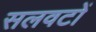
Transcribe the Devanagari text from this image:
सलवटों